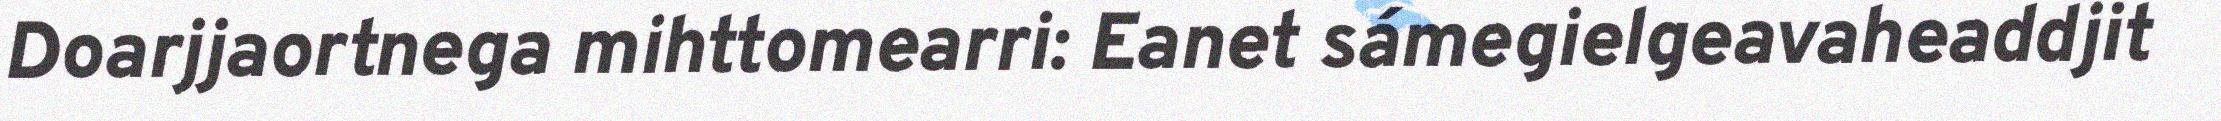
Doarjjaortnega mihttomearri: Eanet sámegielgeavaheaddjit